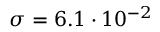
\sigma = 6 . 1 \cdot 1 0 ^ { - 2 }